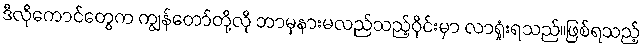
ဒီလိုကောင်တွေက ကျွန်တော်တို့လို ဘာမှနားမလည်သည့်ဝိုင်းမှာ လာရှုံးရသည်။ဖြစ်ရသည့်